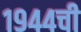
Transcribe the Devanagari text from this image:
१९४४ची